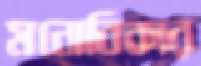
মনোবিকার